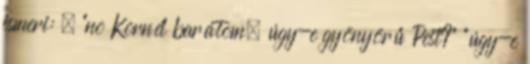
ismeri: – "no Kornél barátom, úgy-e gyönyörű Pest?" "úgy-e